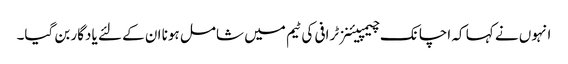
انہوں نے کہا کہ اچانک چیمپیئنز ٹرافی کی ٹیم میں شامل ہونا ان کے لئے یادگار بن گیا۔